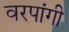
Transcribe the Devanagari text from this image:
वरपांगी